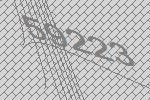
59223